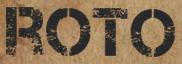
ROTO